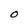
Character: O